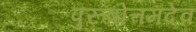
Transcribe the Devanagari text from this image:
पुरूषोत्तमदेव